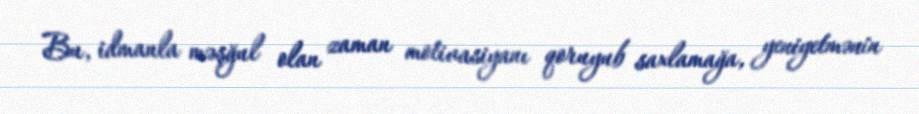
Bu, idmanla məşğul olan zaman motivasiyanı qoruyub saxlamağa, yeniyetmənin